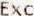
EXC